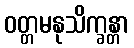
ဝတ္တမနုသိက္ခန္တာ